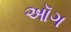
ઑગ